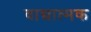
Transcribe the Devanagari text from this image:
वाद्यात्मक